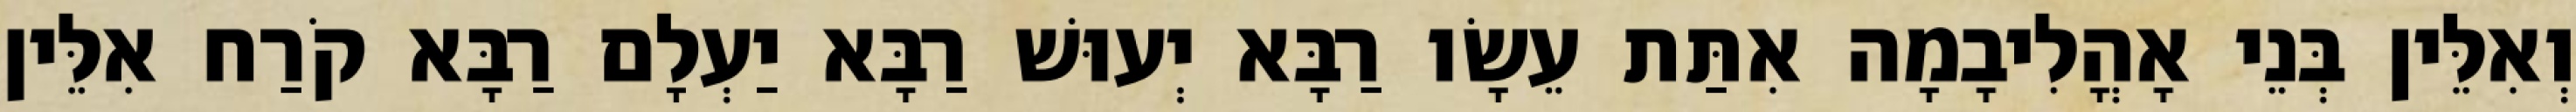
וְאִלֵּין בְּנֵי אָהֳלִיבָמָה אִתַּת עֵשָׂו רַבָּא יְעוּשׁ רַבָּא יַעְלָם רַבָּא קֹרַח אִלֵּין